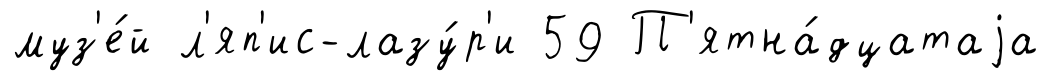
муз'е́й л'яп'ис-лазу́р'и 59 П'ятна́дцатаjа